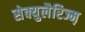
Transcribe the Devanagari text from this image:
सेक्युलैरिज्म़